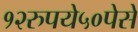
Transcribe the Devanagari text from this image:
१२रुपये५०पेसे